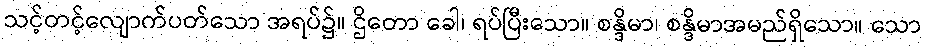
သင့်တင့်လျောက်ပတ်သော အရပ်၌။ ဌိတော ခေါ၊ ရပ်ပြီးသော။ စန္ဒိမာ၊ စန္ဒိမာအမည်ရှိသော။ သော